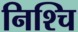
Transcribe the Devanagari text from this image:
निश्चि